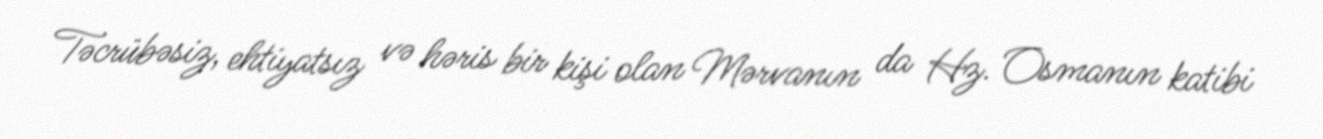
Təcrübəsiz, ehtiyatsız və həris bir kişi olan Mərvanın da Hz. Osmanın katibi